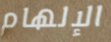
الإلهام